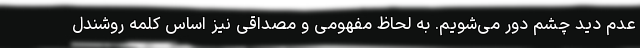
عدم دید چشم دور می‌شویم. به لحاظ مفهومی و مصداقی نیز اساس کلمه روشندل